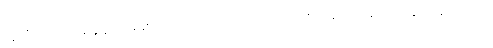
လူတို့သည် တစ်ခုခုကို မိမိစိတ်ဝင်စားနေကြောင်း မသိစေလိုသောအခါ အခြားမဆိုင်သော